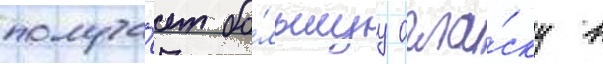
получа́ет бо́льшуу огла́ску в